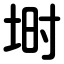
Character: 埘